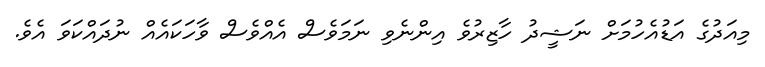
މިއަދުގެ އަޑުއެހުމަށް ނަޝީދު ހާޒިރުވެ އިންނެވި ނަމަވެސް އެއްވެސް ވާހަކައެއް ނުދައްކަވަ އެވެ.